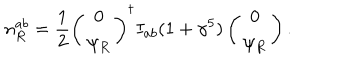
n _ { R } ^ { a b } = \frac 1 2 \left( \begin{array} { c } { { 0 } } \\ { { \psi _ { R } } } \\ \end{array} \right) ^ { \dagger } I _ { a b } ( 1 + \gamma ^ { 5 } ) \left( \begin{array} { c } { { 0 } } \\ { { \psi _ { R } } } \\ \end{array} \right) .